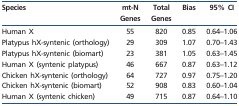
<table><thead><tr><td><b>Species</b></td><td><b>mt-N Genes</b></td><td><b>Total Genes</b></td><td><b>Bias</b></td><td><b>95% CI</b></td></tr></thead><tbody><tr><td>Human X</td><td>55</td><td>820</td><td>0.85</td><td>0.64–1.06</td></tr><tr><td>Platypus hX-syntenic (orthology)</td><td>29</td><td>309</td><td>1.07</td><td>0.70–1.43</td></tr><tr><td>Platypus hX-syntenic (biomart)</td><td>23</td><td>381</td><td>1.05</td><td>0.63–1.45</td></tr><tr><td>Human X (syntenic platypus)</td><td>46</td><td>667</td><td>0.87</td><td>0.63–1.12</td></tr><tr><td>Chicken hX-syntenic (orthology)</td><td>64</td><td>727</td><td>0.97</td><td>0.75–1.20</td></tr><tr><td>Chicken hX-syntenic (biomart)</td><td>52</td><td>908</td><td>0.83</td><td>0.60–1.04</td></tr><tr><td>Human X (syntenic chicken)</td><td>49</td><td>715</td><td>0.87</td><td>0.64–1.10</td></tr></tbody></table>